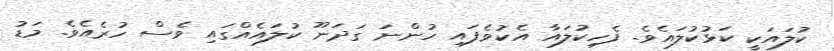
ކުލައަކީ ކަޅުކުލައެވެ. ފެހިކުލައާ އެކުވެފައި ހުންނަ ގަދަނޫ ކުލައެއްގައި ވެސް ހުރެއެވެ. މަޑު